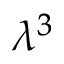
\lambda ^ { 3 }